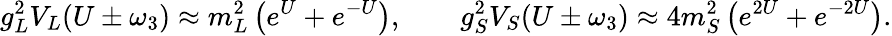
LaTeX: g_{L}^{2}V_{L}(U\pm\omega_{3})\approx m_{L}^{2}\left(e^{U}+e^{-U}\right),\qquad g_{S}^{2}V_{S}(U\pm\omega_{3})\approx 4m_{S}^{2}\left(e^{2U}+e^{-2U}\right).